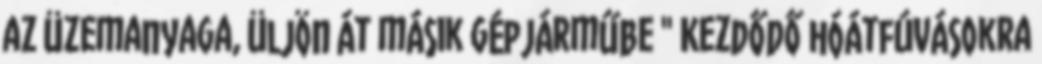
az üzemanyaga, üljön át másik gépjárműbe " Kezdődő hóátfúvásokra